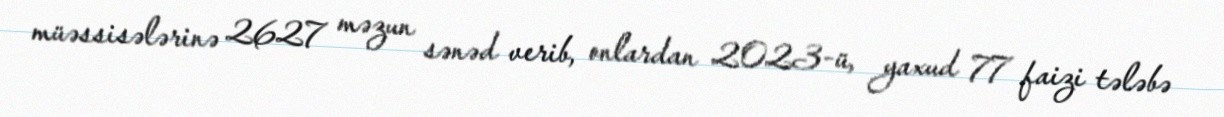
müəssisələrinə 2627 məzun sənəd verib, onlardan 2023-ü, yaxud 77 faizi tələbə